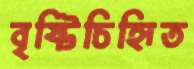
বৃষ্টিচিহ্নিত